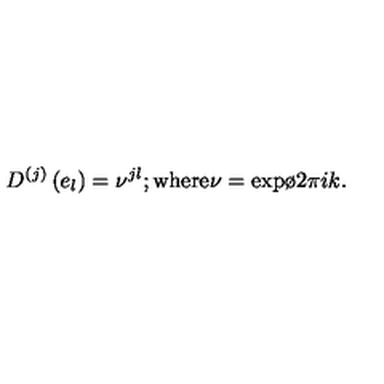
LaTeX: D ^ { ( j ) } \left( e _ { l } \right) = \nu ^ { j l } ; { } \mathrm { w h e r e } \nu = \mathrm { e x p } { { \o { 2 \pi i } { k } } } .